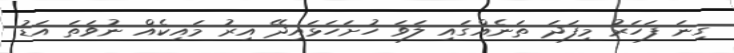
ގިނަ ފަހަރު މިފަދަ ތަނެއްގައި ލަވަ ހުށަހަޅައިދޭ އިރު މައިކެއް ނުވަތަ އަޑު